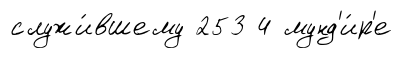
служи́вшему 253 4 мунд'и́р'е